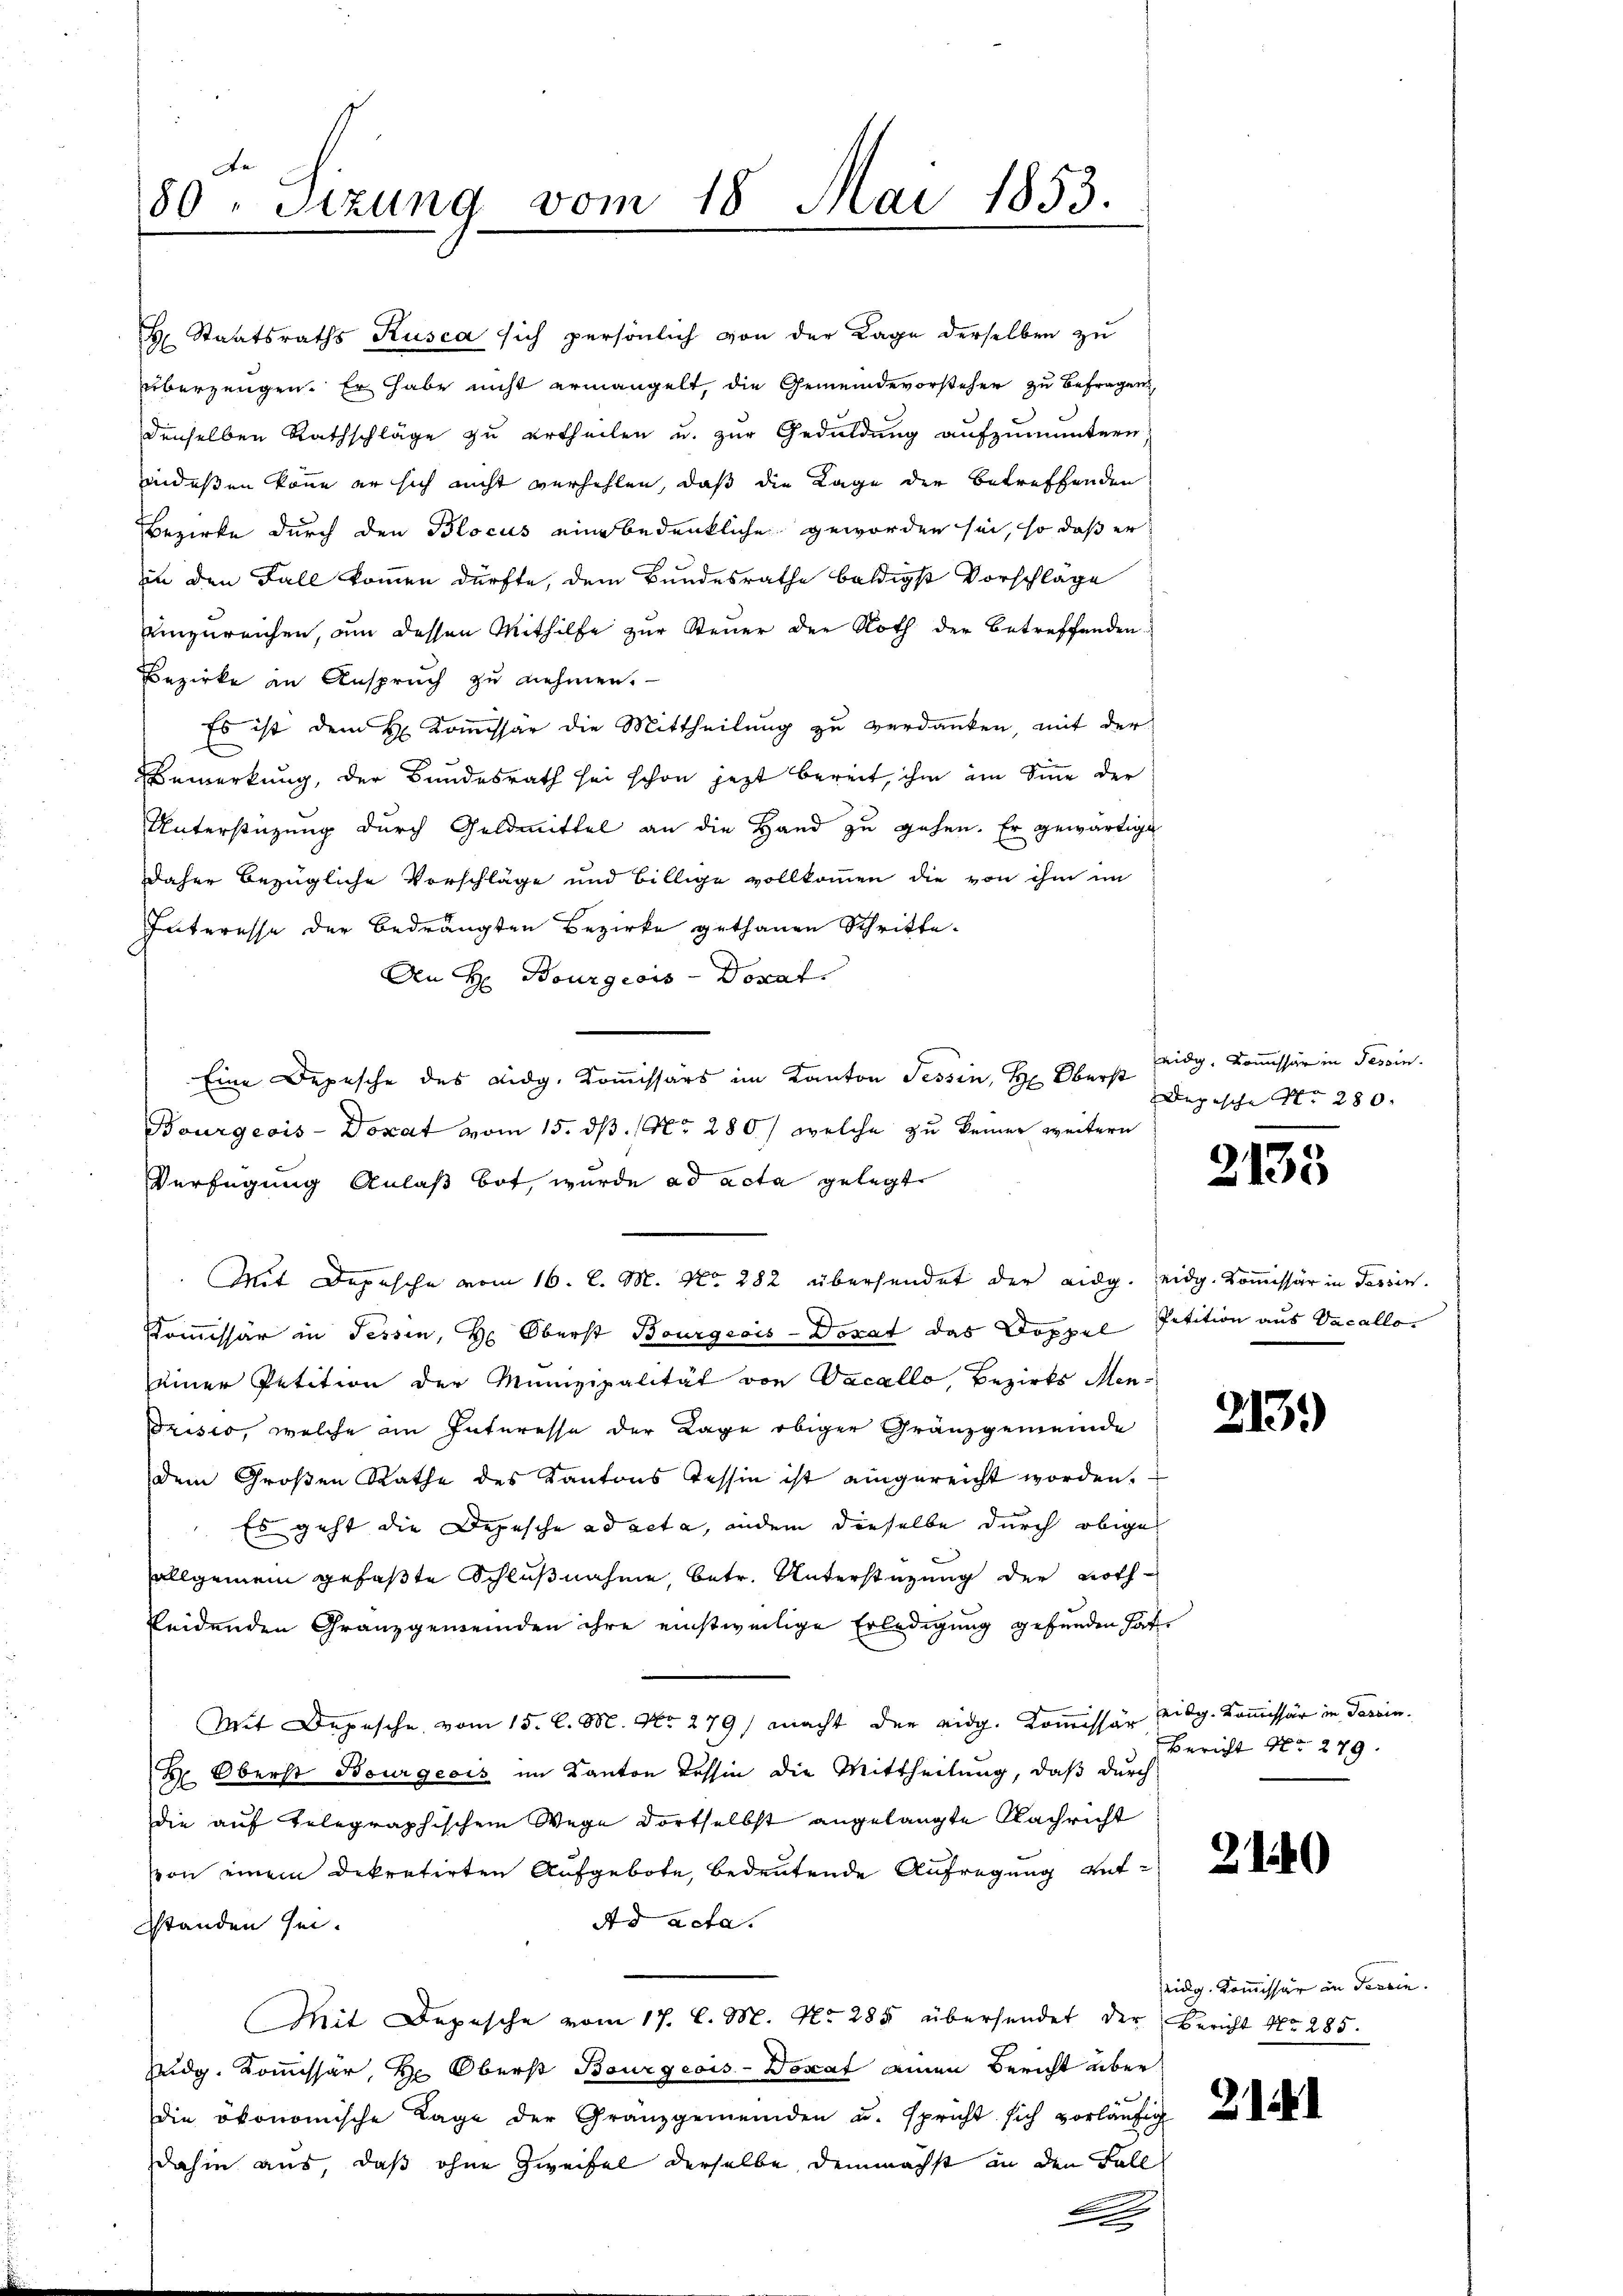
An H Bourgeois - Donat
Eine Depesche des Eidg. Kommissärs im Kanton Tessin, Hr. Oberst
Bourgeois-Doxat vom 15. dß. (Nr. 280) welche zu keiner weitern
Verfügung Anlaß bot, wurde ad acta gelegt
Mit Depesche vom 16. l. M. No. 282 übersendet der Eidg. eidg. Kommissär in Tessin.
Kommissär in Fessen, Hr. Oberst Bourgeois-Doxat das Doppel Petition aus Vacalloeiner Petition der Munizipalität von Vacallo, Bezirks Men-
drisio, welche im Interesse der Lage obiger Gränzgemeinde
dem Großen Rathe des Kantons Tessin ist eingereicht worden.
Es geht die Depesche ad acta, indem dieselbe durch obige
allgemein gefaßte Schlußnahme, betr. Unterstützung der nothseidenden Granzgemeinden ihre einstweilige Erledigung gefunden hat
Mit Depesche vom 15. C. M. No. 279) macht der eidg. Kommissär eidg. Kommissär in Parein.
 Oberst Bourgeois im Kanton Tessin die Mittheilung, daß durch
die auf telegraphischem Wege dortselbst angelangte Nachricht
von einem Dekretirten Aufgebote, bedeutende Aufregung ent¬
Ad acta.
standen sei.
Mit Depesche vom 17. l. M. No. 285 übersendet der Bericht No. 285.
Pudg. Kommissär H: Oberst Bourgeois-Donat einen Bericht über
die ökonomische Tage der Granzgemeinden u. spricht sich vorläŭfig
dahin aus, daß ohne Zweifel derselbe, demnächst in den Fall

e
80. Sizung vom 18. Mai 1853.
.

Staatsraths Kusca sich persönlich von der Lage derselben zu
überzeugen. Er habe nicht ermangelt, die Gemeindevorsteher zu befragen
denselben Rathschläge zu ertheilen u. zur Geduldung aufzumuntern
indeßen könne er sich nicht verhehlen, daß die Lage der Betreffenden
Bezirke durch den Blocus eine bedenkliche geworden sei, so daß er
in den Fall kommen dürfte, dem Bundesrathe baldigst Vorschläge
einzureichen, um dessen Mithilfe zur Steuer der Noth der betreffenden
Bezirke in Anspruch zu nehmen.
Es ist dem H. Kommissär die Mittheilung zu verdanken, mit der
Bemerkung, der Bundesrath sei schon jezt bereit, ihm im Sinne der
Unterstützung durch Geldmittel an die Hand zu gehen. Er gewärtige
daher bezügliche Vorschläge und billige vollkommen die von ihm im
Interesse der bedrängten Bezirke gethanen Schritte.

eidg. Kommissär in Tessin.
Depesche No 280. |

2135

2139)

Bericht No. 279.

2140

Zeidg. Kommissär in Terrin.

21.